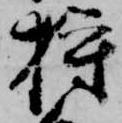
狩